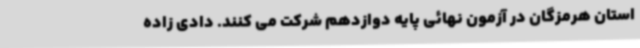
استان هرمزگان در آزمون نهائی پایه دوازدهم شرکت می کنند. دادی زاده